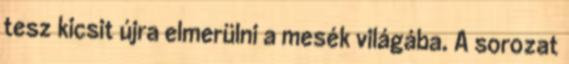
tesz kicsit újra elmerülni a mesék világába. A sorozat